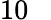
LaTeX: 10\phantom{.0}